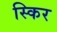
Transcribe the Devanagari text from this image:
स्किर